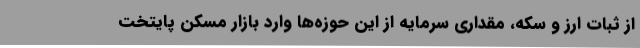
از ثبات ارز و سکه، مقداری سرمایه از این حوزه‌ها وارد بازار مسکن پایتخت